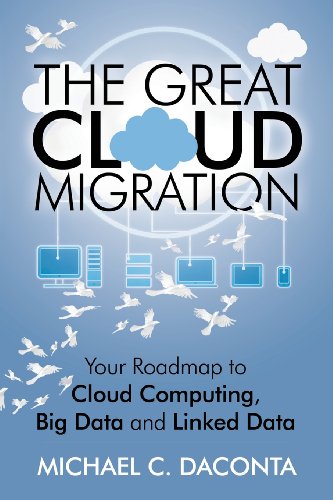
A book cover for The Great Cloud Migration: Your Roadmap to Cloud Computing, Big Data and Linked Data; Michael C. Daconta; Computers & Technology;